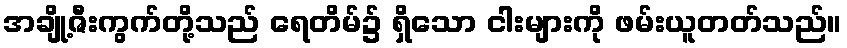
အချို့ဇီးကွက်တို့သည် ရေတိမ်၌ ရှိသော ငါးများကို ဖမ်းယူတတ်သည်။